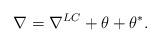
LaTeX: \begin{align*} \nabla = \nabla^{LC}+\theta +\theta^\ast.\end{align*}